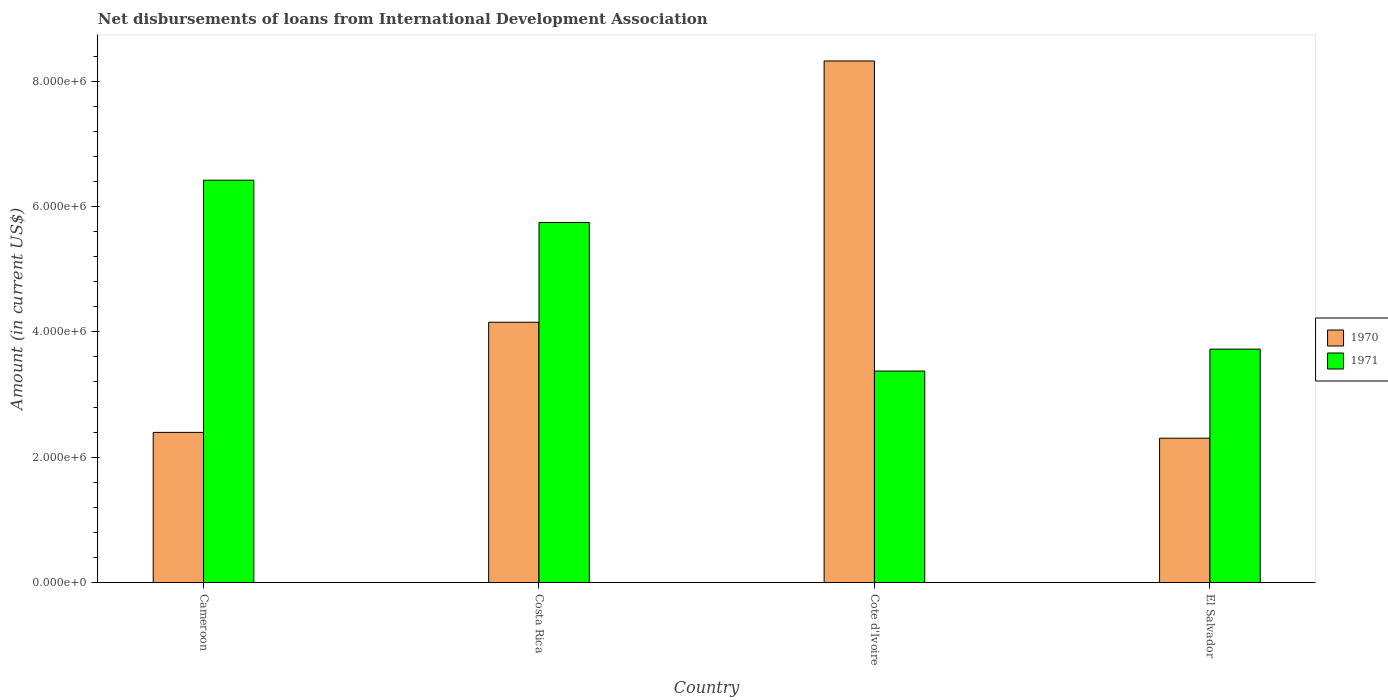
| Country | 1970 | 1971 |
 | --- | --- | --- |
 | Cameroon | 2.4e+06 | 6.42e+06 |
 | Costa Rica | 4.15e+06 | 5.74e+06 |
 | Cote d'Ivoire | 8.32e+06 | 3.37e+06 |
 | El Salvador | 2.3e+06 | 3.72e+06 |